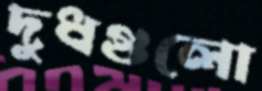
দুধগুলো